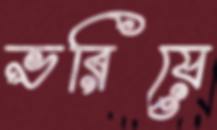
ভরিয়ে